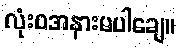
လုံးဝအနားမပါချေ။